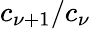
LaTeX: c_{\nu+1}/c_{\nu}